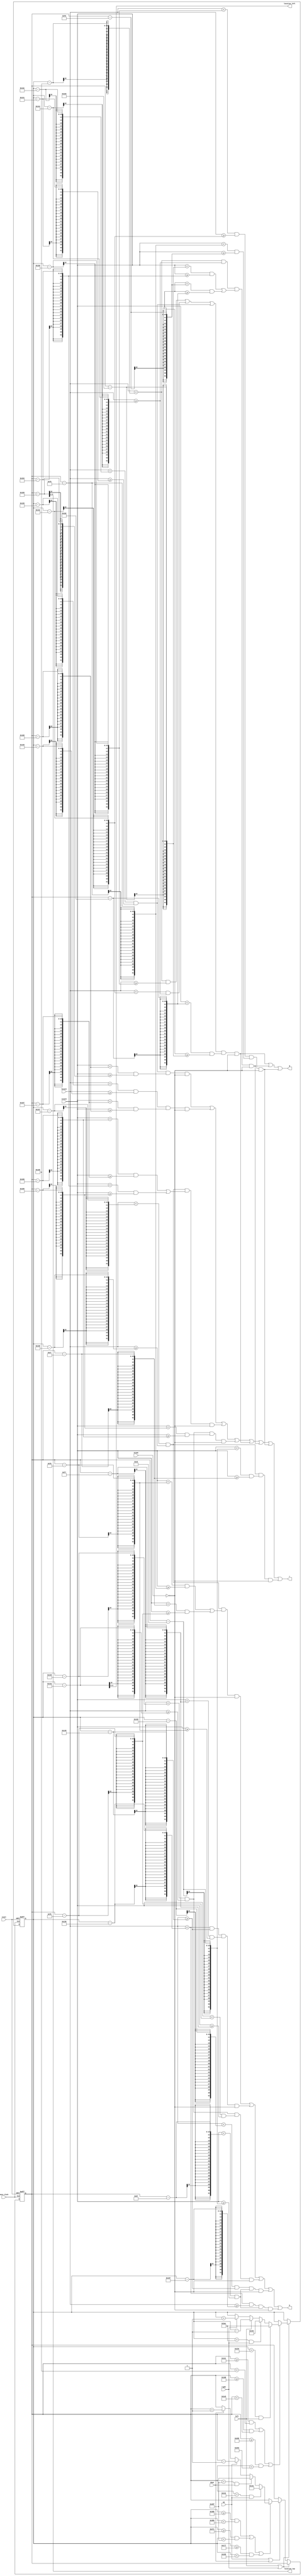
`timescale 1ns / 1ps
//////////////////////////////////////////////////////////////////////////////////
// Company: 
// Engineer: 
// 
// Design Name: 
// Module Name:    game_player 
// Project Name: 
// Target Devices: 
// Tool versions: 
// Description: 
//
// Dependencies: 
//
// Revision: 
// Revision 2.0 - Playable files
// Additional Comments: 
//
//////////////////////////////////////////////////////////////////////////////////
module game_player(
    input blank,
    input [10:0] hcount,				// Screen placement
    input [10:0] vcount,
	 input left,
	 input right,							// Movement buttons
	 input up,
	 input down,
	 input move_clock,					// Clock for player movement
	 input reset,
    output r,
    output g,								// Player output colors
    output b,
	 output [9:0] location_left,		// Location for player
	 output [9:0] location_top
    );
	 
/* Movable paths for the player to be in valid range */	 
reg [9:0] top_pth_top = 300;
reg [9:0] top_pth_bot = 315;

reg [9:0] mid_pth_top = 475;
reg [9:0] mid_pth_bot = 485;

reg [9:0] bot_pth_top = 645;
reg [9:0] bot_pth_bot = 660;

reg [9:0] left_pth_left = 875;
reg [9:0] left_pth_right = 905;

reg [9:0] cent_pth_left = 625;
reg [9:0] cent_pth_right = 655;

reg [9:0] right_pth_left = 375;
reg [9:0] right_pth_right = 405;
	 
reg [9:0] hp = 10'b1010000000;
reg [9:0] vp = 10'b0111100000;

reg [2:0] button_pressed = 3'b100;

always @(posedge move_clock or negedge reset)
begin
	if(!reset)
	begin
		hp = 10'b1010000000;						// Set initial placement for player
		vp = 10'b0111100000;
	end

	else if(left || right)						// Check if left or right is selected
	begin
		if (((vp >= top_pth_top) && (vp < top_pth_bot))				// Check if in range
			|| ((vp >= mid_pth_top) && (vp < mid_pth_bot))
			|| ((vp >= bot_pth_top) && (vp < bot_pth_bot)))
		begin
			if ((hp == 10'd340) && left)									// Check for if player goes off screen left
			begin
				hp = 10'd940;
				button_pressed = 3'b0;
			end
			else if ((hp == 10'd940) && right)							// Check for if player goes off screen right
			begin
				hp = 10'd340;
				button_pressed = 3'b001;
			end
			else if (left)														// Move left
			begin
				hp = hp - 1;
				button_pressed = 3'b0;
			end
			else if (right)													// Move right
			begin
				hp = hp + 1;
				button_pressed = 3'b001;
			end
			else
			begin
				hp = hp;															// Do nothing
				button_pressed = 3'b100;
			end
		end
		else
		begin
			hp = hp;
			button_pressed = 3'b100;										// Do nothing
		end
			
	end
	
	else if(up || down)														// Check if possible to move up or down
	begin
		if (((hp >= left_pth_left) && (hp < left_pth_right))		// Check if in range
			|| ((hp >= cent_pth_left) && (hp < cent_pth_right))
			|| ((hp >= right_pth_left) && (hp < right_pth_right)))
		begin
			if ((vp == 10'd305) && up)										// Check if at top
			begin
				vp = 10'd305;
				button_pressed = 3'b010;
			end
			else if ((vp == 10'd655) && down)							// Check if at bottom
			begin
				vp = 10'd655;
				button_pressed = 3'b011;
			end
			else if (up)														// Move up
			begin
				vp = vp - 1;
				button_pressed = 3'b010;
			end
			else if (down)														// Move down
			begin
				vp = vp + 1;
				button_pressed = 3'b011;
			end
			else
			begin
				vp = vp;															// Do nothing
				button_pressed = 3'b100;
			end
		end
		else
		begin
			vp = vp;																// Do nothing
			button_pressed = 3'b100;
		end
	end
	else
	begin
		hp = hp;
		vp = vp;
	end
end


/* Display character line by line. hp and vp used for moving the player */
assign r = (((hcount < (hp - 318)) && (hcount >= (hp - 321)) && ((vcount < (vp - 264)) && (vcount >= (vp - 265))) && (blank == 0))
		   || ((hcount < (hp - 313)) && (hcount >= (hp - 326)) && ((vcount < (vp - 263)) && (vcount >= (vp - 264))) && (blank == 0))
			|| ((hcount < (hp - 311)) && (hcount >= (hp - 328)) && (((vcount < (vp - 262)) && (vcount >= (vp - 263))) || ((vcount < (vp - 260)) && (vcount >= (vp - 261)))) && (blank == 0))
			|| ((hcount < (hp - 309)) && (hcount >= (hp - 330)) && ((vcount < (vp - 261)) && (vcount >= (vp - 262))) && (blank == 0))
			|| (((hcount < (hp - 315)) && (hcount >= (hp - 317)) || ((hcount < (hp - 322)) && (hcount >= (hp - 324))) || ((hcount < (hp - 318)) && (hcount >= (hp - 321)))) && ((vcount < (vp - 258)) && (vcount >= (vp - 259))) && (blank == 0))
			|| ((hcount < (hp - 315)) && (hcount >= (hp - 324)) && (((vcount < (vp - 259)) && (vcount >= (vp - 260))) || ((vcount < (vp - 253)) && (vcount >= (vp - 258)))) && (blank == 0))
			|| ((hcount < (hp - 317)) && (hcount >= (hp - 322)) && ((vcount < (vp - 249)) && (vcount >= (vp - 253))) && (blank == 0))
			|| ((hcount < (hp - 311)) && (hcount >= (hp - 328)) && ((vcount < (vp - 230)) && (vcount >= (vp - 231))) && (blank == 0)));
			
assign g = ((((hcount < (hp - 315)) && (hcount >= (hp - 317)) || ((hcount < (hp - 322)) && (hcount >= (hp - 324))) || ((hcount < (hp - 318)) && (hcount >= (hp - 321)))) && ((vcount < (vp - 258)) && (vcount >= (vp - 259))) && (blank == 0))
			|| ((hcount < (hp - 315)) && (hcount >= (hp - 324)) && (((vcount < (vp - 259)) && (vcount >= (vp - 260))) || ((vcount < (vp - 253)) && (vcount >= (vp - 258)))) && (blank == 0))
			|| ((hcount < (hp - 317)) && (hcount >= (hp - 322)) && ((vcount < (vp - 249)) && (vcount >= (vp - 253))) && (blank == 0)));
			
assign b = (((hcount < (hp - 311)) && (hcount >= (hp - 328)) && (((vcount < (vp - 248)) && (vcount >= (vp - 249))) || ((vcount < (vp - 231)) && (vcount >= (vp - 240)))) && (blank == 0))
			|| ((hcount < (hp - 310)) && (hcount >= (hp - 329)) && ((vcount < (vp - 247)) && (vcount >= (vp - 248))) && (blank == 0))
			|| ((hcount < (hp - 309)) && (hcount >= (hp - 330)) && ((vcount < (vp - 240)) && (vcount >= (vp - 247))) && (blank == 0))
			|| ((hcount < (hp - 320)) && (hcount >= (hp - 329)) && ((vcount < (vp - 215)) && (vcount >= (vp - 230))) && (blank == 0))
			|| ((hcount < (hp - 310)) && (hcount >= (hp - 319)) && ((vcount < (vp - 215)) && (vcount >= (vp - 230))) && (blank == 0)));
			
assign location_top = (vp - 265);
assign location_left = (hp - 330);

endmodule